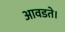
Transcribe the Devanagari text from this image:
आवडते।